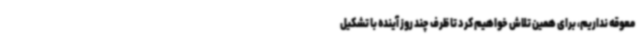
معوقه نداریم، برای همین تلاش خواهیم کرد تا ظرف چند روز آینده با تشکیل